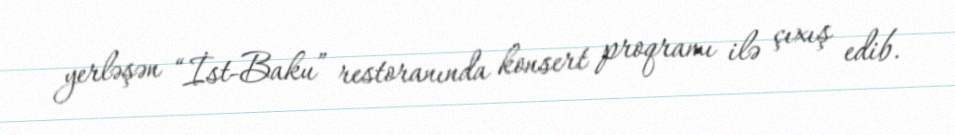
yerləşən “İst-Baku” restoranında konsert proqramı ilə çıxış edib.